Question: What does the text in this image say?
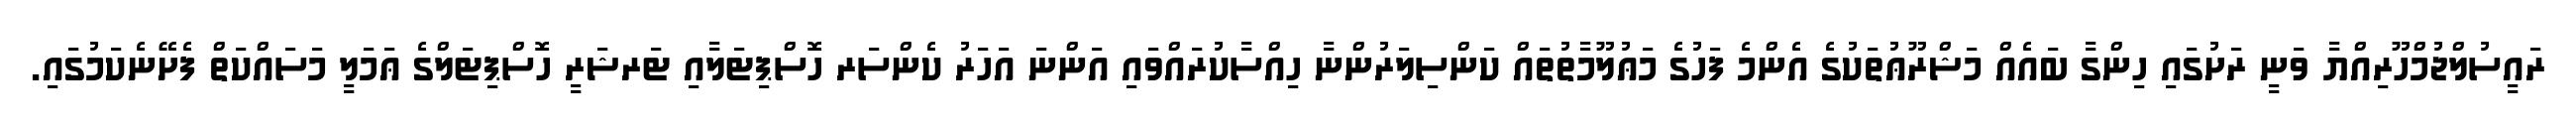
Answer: ރައީސުލްޖުމްހޫރިއްޔާ ވަނީ ރަށުގައި ހިންގާ ބައެއް މަޝްރޫޢުތަކުގެ އެންމެ ފަހުގެ މަޢުލޫމާތުތައް ކަންސިލަރުންނާ ހިއްސާކުރައްވައި އަންނަ އަހަރު ކެންސަރ ހޮސްޕިޓަލާއި ޓަރޝަރީ ހޮސްޕިޓަލްގެ ޢަމަލީ މަސައްކަތް ފެށޭނެކަމުގައި.